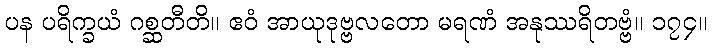
ပန ပရိက္ခယံ ဂစ္ဆတီတိ။ ဧဝံ အာယုဒုဗ္ဗလတော မရဏံ အနုဿရိတဗ္ဗံ။ ၁၇၄။